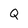
Character: Q